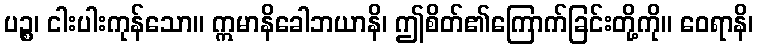
ပဉ္စ၊ ငါးပါးကုန်သော။ ဣမာနိခေါဘယာနိ၊ ဤစိတ်၏ကြောက်ခြင်းတို့ကို။ ဝေရာနိ၊